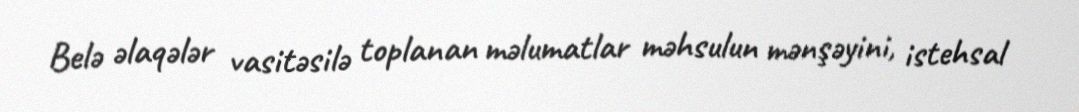
Belə əlaqələr vasitəsilə toplanan məlumatlar məhsulun mənşəyini, istehsal